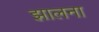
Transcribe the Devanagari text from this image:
झालना